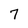
Character: 7